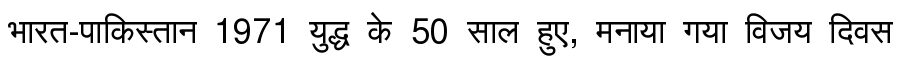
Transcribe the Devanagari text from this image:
भारत-पाकिस्तान 1971 युद्ध के 50 साल हुए, मनाया गया विजय दिवस